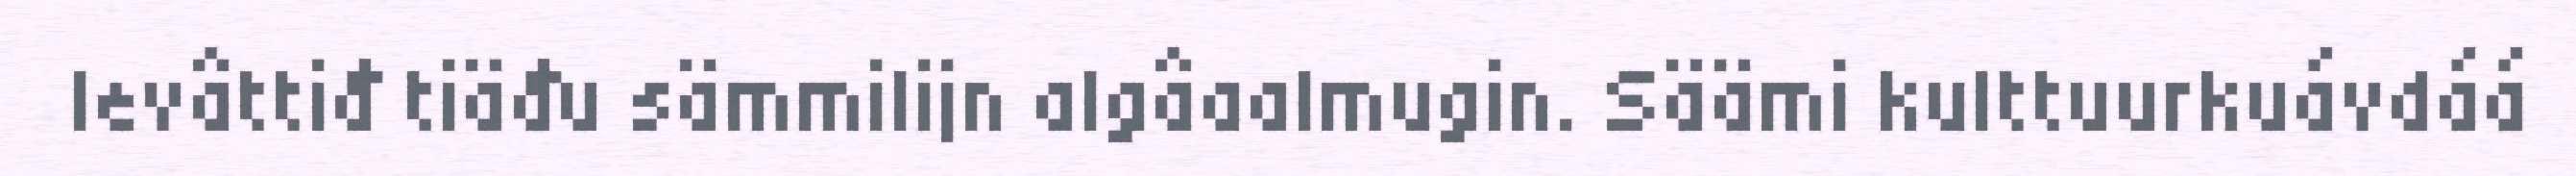
levâttiđ tiäđu sämmilijn algâaalmugin. Säämi kulttuurkuávdáá